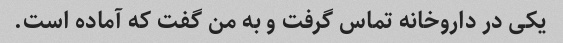
یکی در داروخانه تماس گرفت و به من گفت که آماده است.